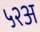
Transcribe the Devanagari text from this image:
५२अ